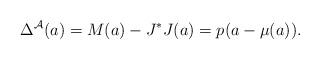
LaTeX: \begin{gather*}\Delta^{\mathcal A}(a)=M(a)-J^*J(a)=p(a-\mu(a)).\end{gather*}